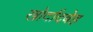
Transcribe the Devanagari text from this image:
खोर्दादबेह